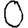
Digit: 0